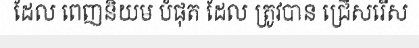
ដែល ពេញនិយម បំផុត ដែល ត្រូវបាន ជ្រើសរើស